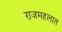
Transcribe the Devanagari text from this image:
राजमहलात